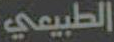
الطبيعي